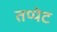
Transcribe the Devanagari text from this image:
तप्पेट